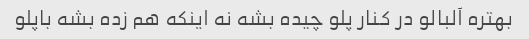
بهتره آلبالو در کنار پلو چیده بشه نه اینکه هم زده بشه باپلو